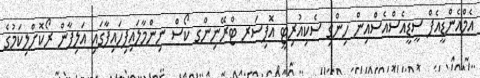
އެމްއެންޑީއެފް ސީޑީއެސްއެސްއިން ހިންގި ސެކިއުރިޓީ އޮފިސަރ ޓްރޭނިންގ ކޯސް ނިންމާލައިފިހައިފާގައި އަލިފާން ރޯކޮށްލިކަމުގެ